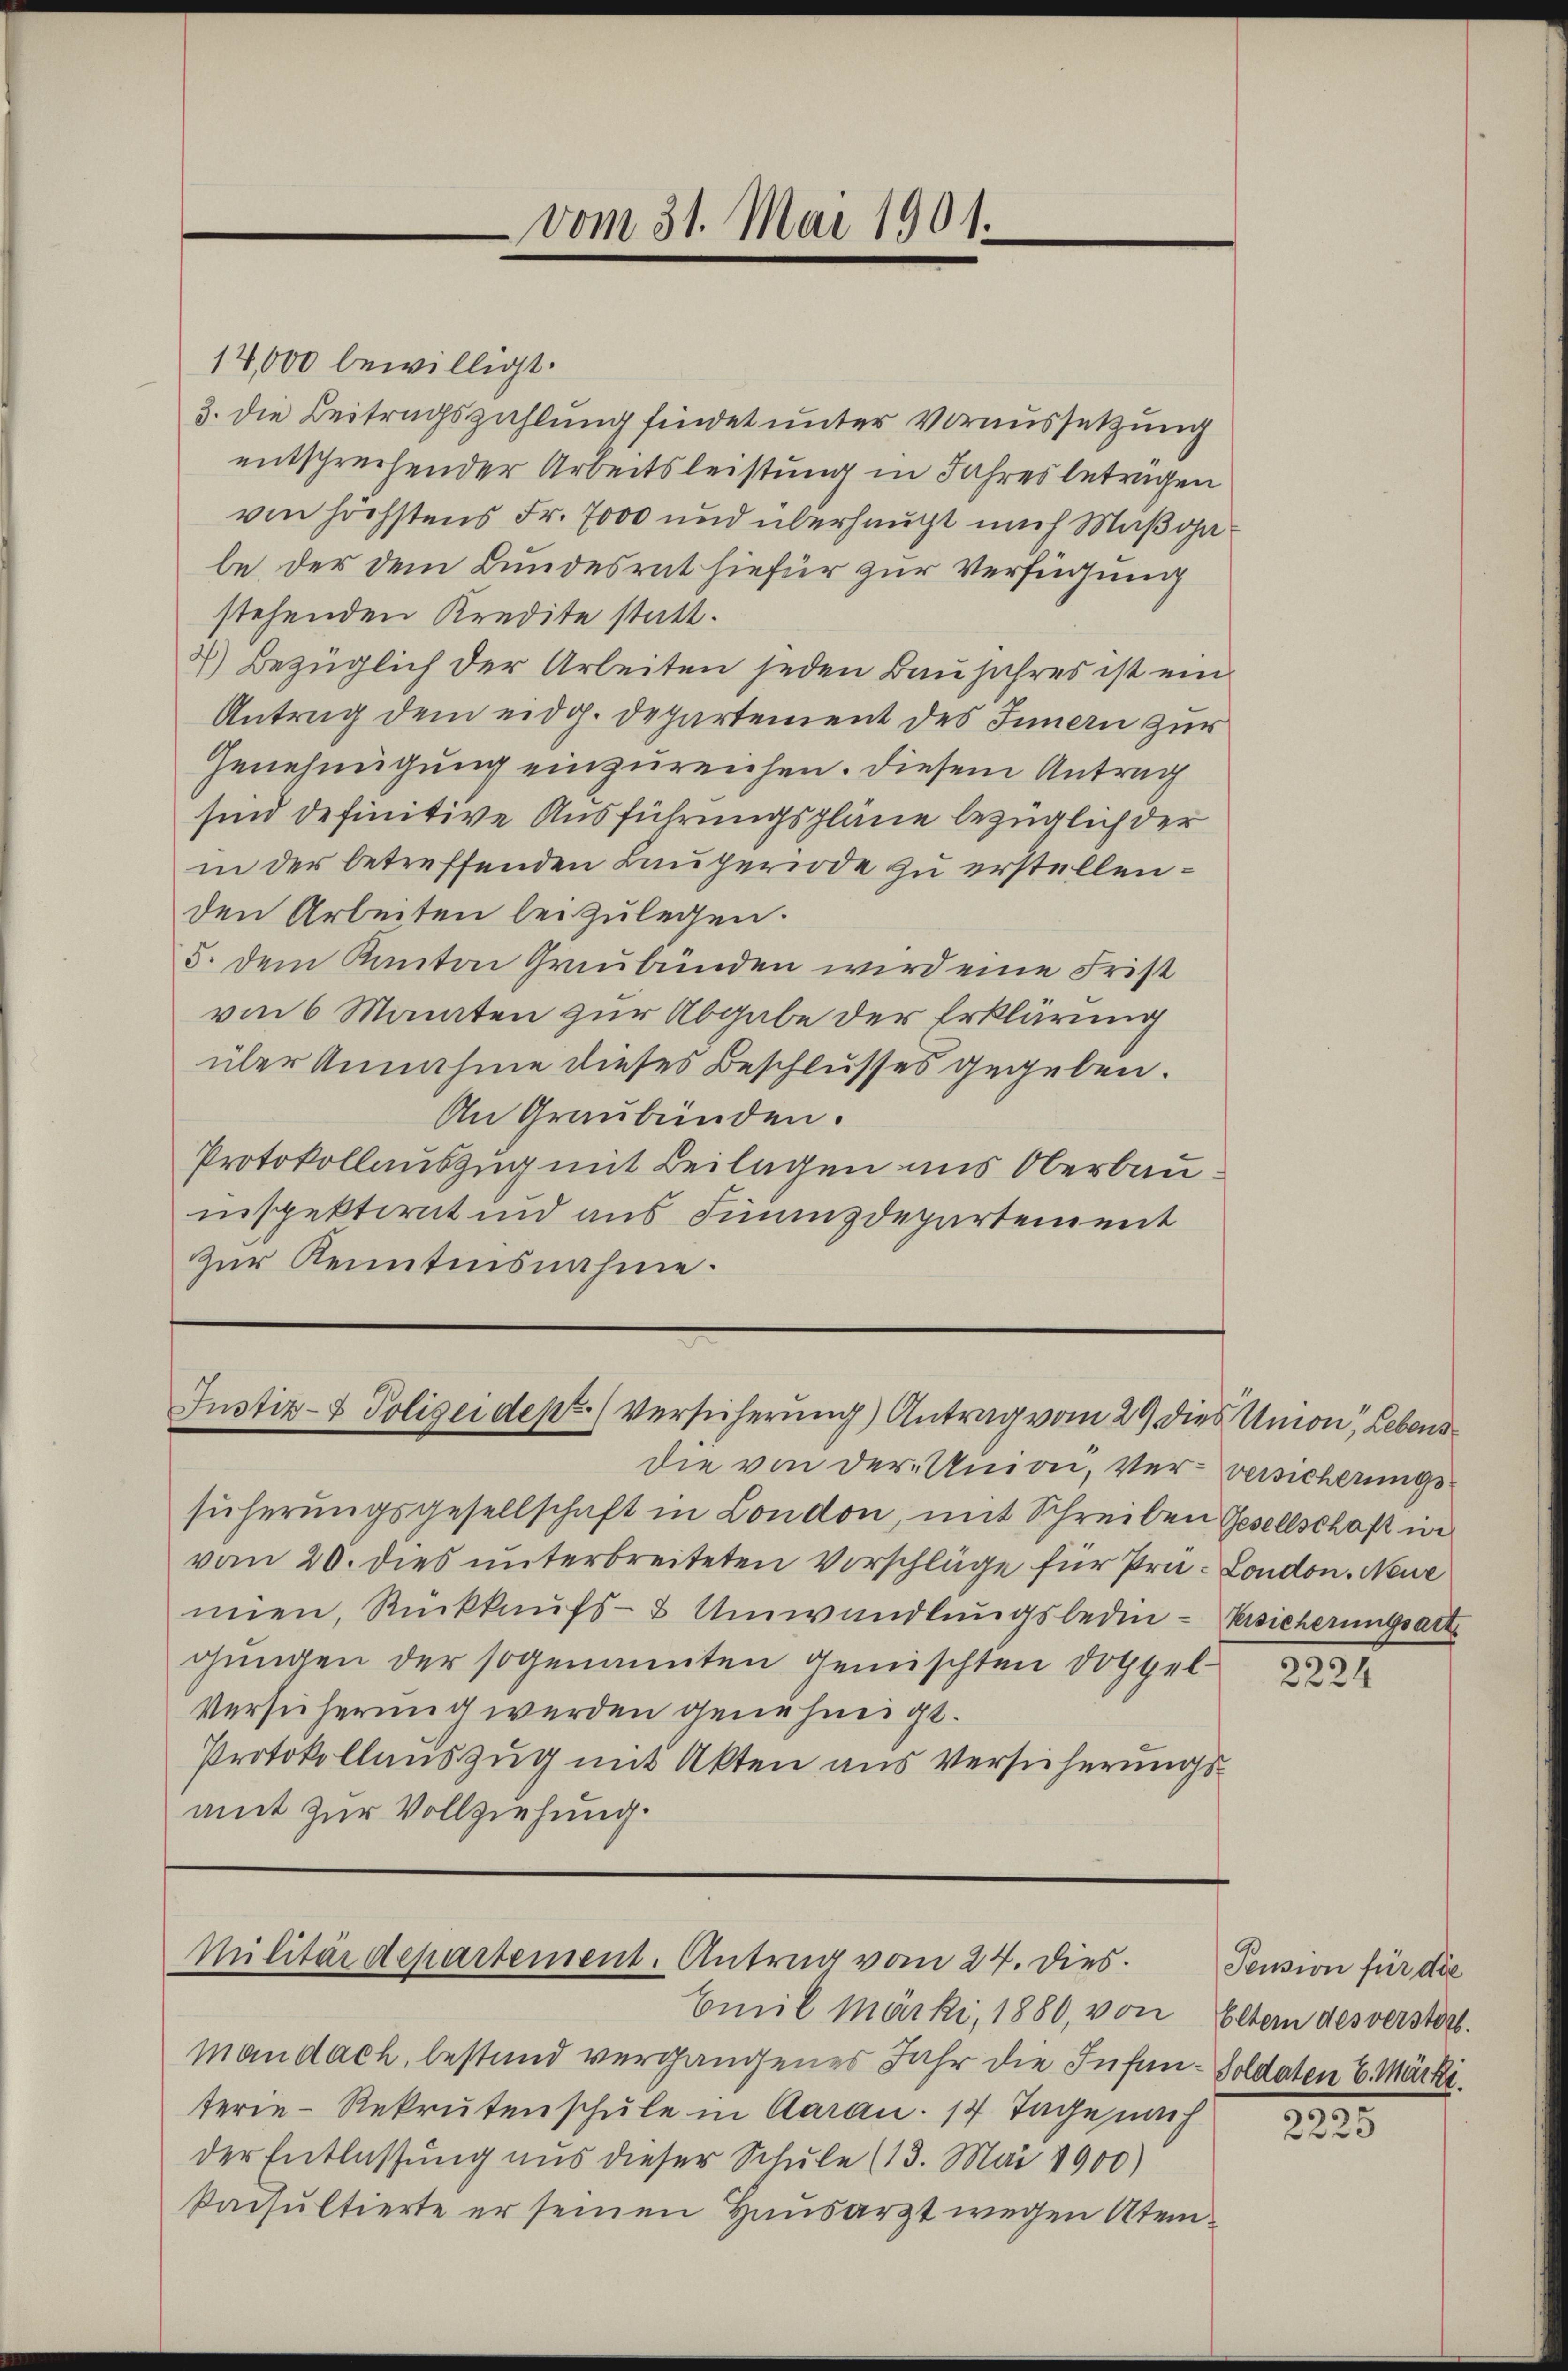
vom 31. Mai 1901.

14,000 bewilligt.
3. die Beitragszahlung findet unter Voraussetzung
entsprechender Arbeitsleistung in Jahres beträgen
von höchstens Fr. 7000 und überhaupt nach Maßgabe der dem Bundesrat hiefür zur Verfügung
stehenden Kredite statt.
2) Bezüglich der Arbeiten jeden Baujahres ist ein
Antrag dem eidg. Departement des Innern zur
Genehmigung einzureichen. Diesem Antrag
sind definitive Ausführungspläne bezüglich der
in der betreffenden Lauperiode zu erstellen.
den Arbeiten beizulegen.
5. dem Kanton Graubünden wird eine Frist
von 6 Monaten zur Abgabe der Erklärung
über Annahme dieses Beschlusses gegeben.
An Graubünden.
Protokollauszug mit Beilagen aus Oberbauinspektiret und aus Finanzdepartement
zur Kenntnisnahme.

Justiz- & Polizeidept. Versicherung) Antrag vom 29 dies Amon, Lebens

Militärdepartement. Antrag vom 24. dies.

Emil Märki, 1880, von Eltern des verstorb.
Mandach, bestand vergangenes Jahr die Infan-Soldaten 6. Märki.
terie-Rekrutenschule in Aarau. 17 Tage nach
der Entlassung aus dieser Schule (13. Mai 1900)
kaisultierte er seinen Hausarzt wegen Atem¬

die von der Univi, ver- versicherungssicherungsgesellschaft in London, mit Schreiben Gesellschaft in
von 20. dies unterbreiteten Vorschläge für Prä- London. Neue
mien, Rückkaŭfs- Umwandlungsbedin-Versicherungsarte
gungen der sogenannten Gemischten Doppel
Versicherung werden genehmigt.
Protokollauszug mit Akten aus Versicherungsamt zur Vollziehung.

2224

3.
2225

Pension für die